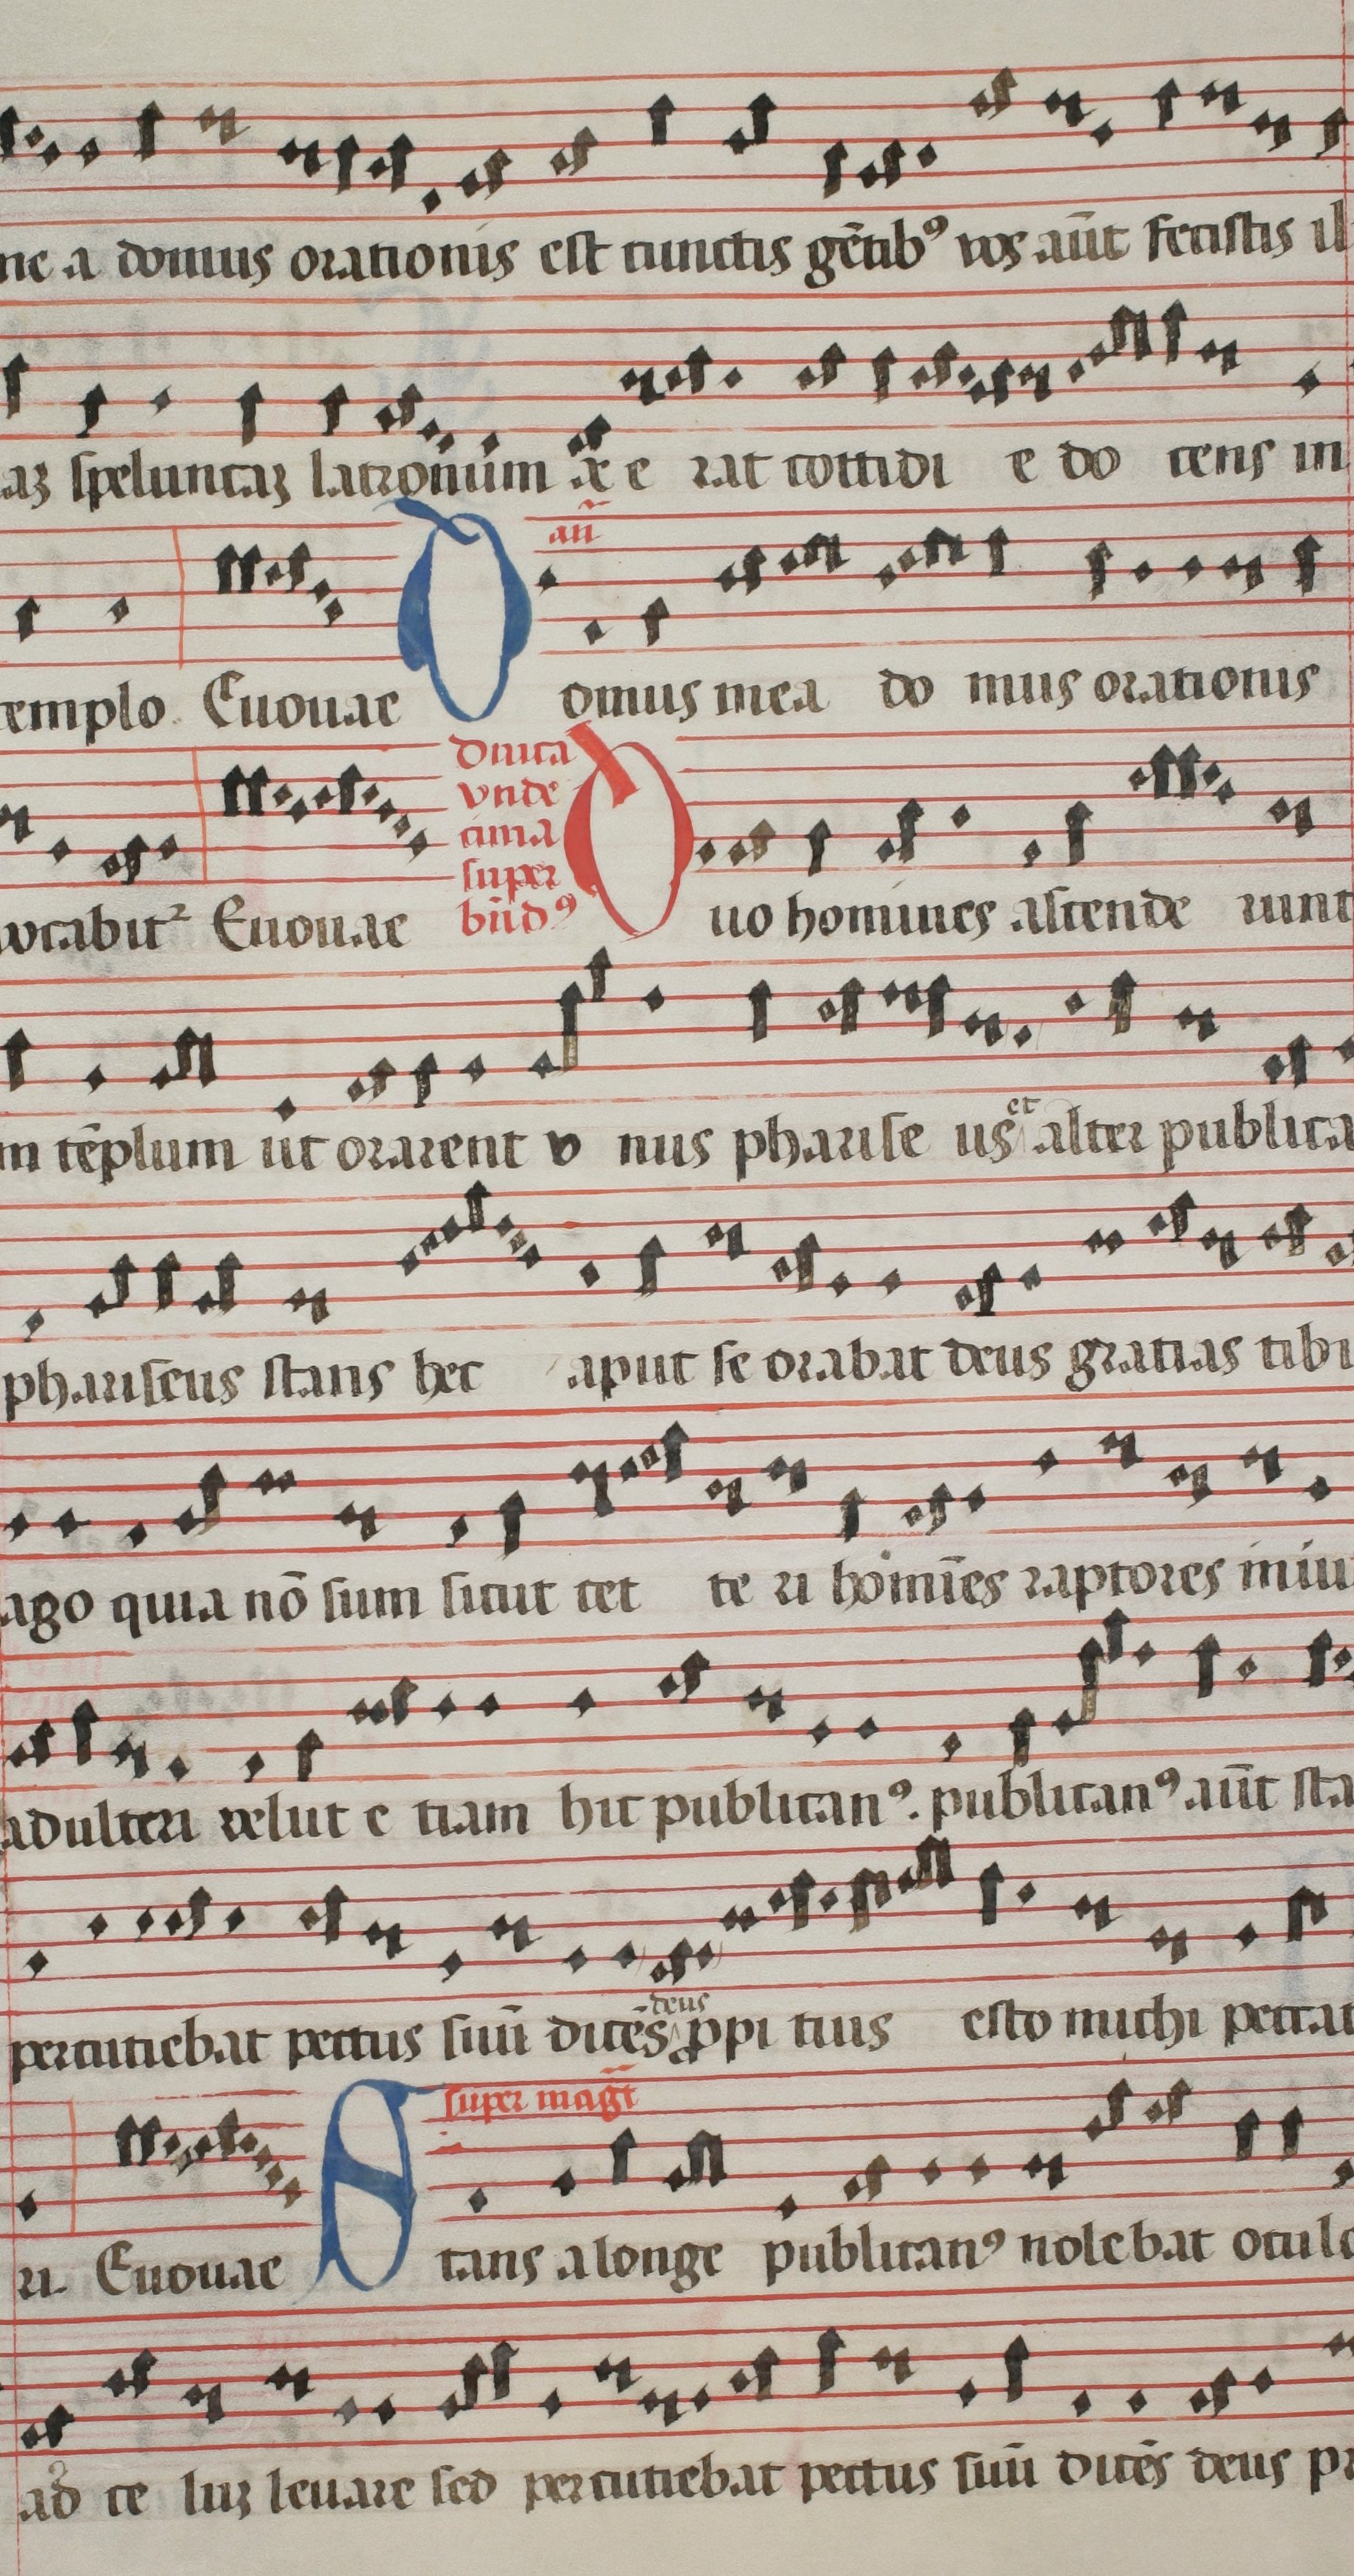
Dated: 1544–1544